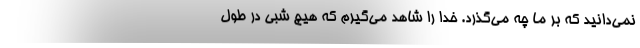
نمی‌دانید که بر ما چه می‌گذرد. خدا را شاهد می‌گیرم که هیچ شبی در طول